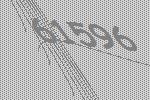
61596